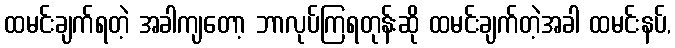
ထမင်းချက်ရတဲ့ အခါကျတော့ ဘာလုပ်ကြရတုန်းဆို ထမင်းချက်တဲ့အခါ ထမင်းနပ်,